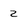
Character: 2